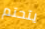
يتحتم